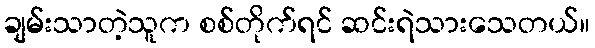
ချမ်းသာတဲ့သူက စစ်တိုက်ရင် ဆင်းရဲသားသေတယ်။